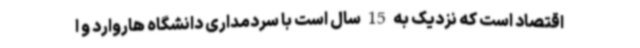
اقتصاد است که نزدیک به 15 سال است با سردمداری دانشگاه هاروارد و ا